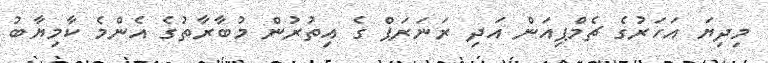
މިދިޔަ އަހަރުގެ ޗެމްޕިއަން އަދި ރަނަރަޕް ގެ އިތުރުން މުބާރާތުގެ އެންމެ ކާމިޔާބު